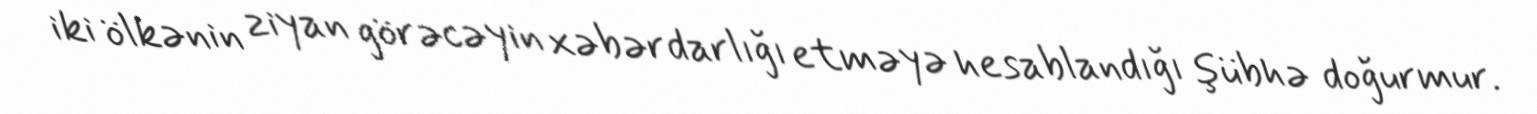
iki ölkənin ziyan görəcəyin xəbərdarlığı etməyə hesablandığı şübhə doğurmur.